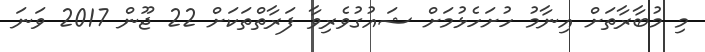
މި މުބާރާތަށް އިނާމު ހުށަހެޅުމަށް ޝައުގުވެރިވާ ފަރާތްތަކަށް 22 ޖޫން 2017 ވަނަ